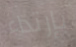
بإرتداء